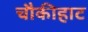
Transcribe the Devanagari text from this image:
चौकीहाट